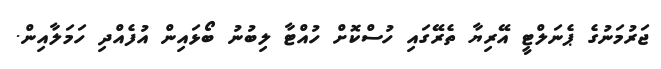
ޖަރުމަނުގެ ޕެނަލްޓީ އޭރިޔާ ތެރޭގައި ހުސްކޮށް ހުއްޓާ ލިބުނު ބޯޅައިން އުފެއްދި ހަމަލާއިން.